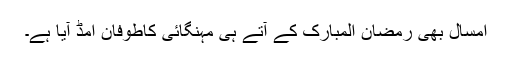
امسال بھی رمضان المبارک کے آتے ہی مہنگائی کاطوفان امڈ آیا ہے۔